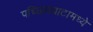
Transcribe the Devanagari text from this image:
पच्छिमघाटामध्ये